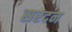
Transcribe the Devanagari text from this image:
सरदन